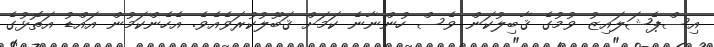
އިސްޕެޝަލައިޒު ވުމުގެ ޤާބިލުކަން ވެސް ހުންނާނެ ކަމަށް ޤަބޫލުކުރަވެއެވެ. އެހެންކަމުން އައްޑު އަތޮޅުގެ